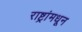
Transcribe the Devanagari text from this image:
राष्ट्रांमधून